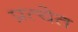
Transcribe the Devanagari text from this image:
प्रत्येत